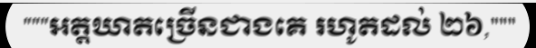
"""អត្តឃាតច្រើនជាងគេ រហូតដល់ ២៦,"""